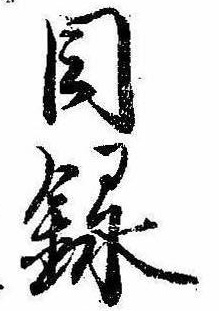
目録